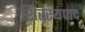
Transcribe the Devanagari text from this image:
शिरस्यपाद